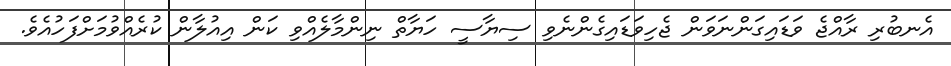
އެނބުރި ރާއްޖެ ވަޑައިގަންނަވަން ޖެހިވަޑައިގެންނެވި ސިޔާސީ ހަޔާތް ނިންމާލެއްވި ކަން އިއުލާން ކުރެއްވުމަށްފަހުއެވެ.